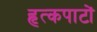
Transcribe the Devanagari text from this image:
हृत्कपाटों